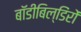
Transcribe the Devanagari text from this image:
बॉडीबिल्डिंरों